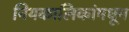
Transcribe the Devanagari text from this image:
नियकालिकांमधून